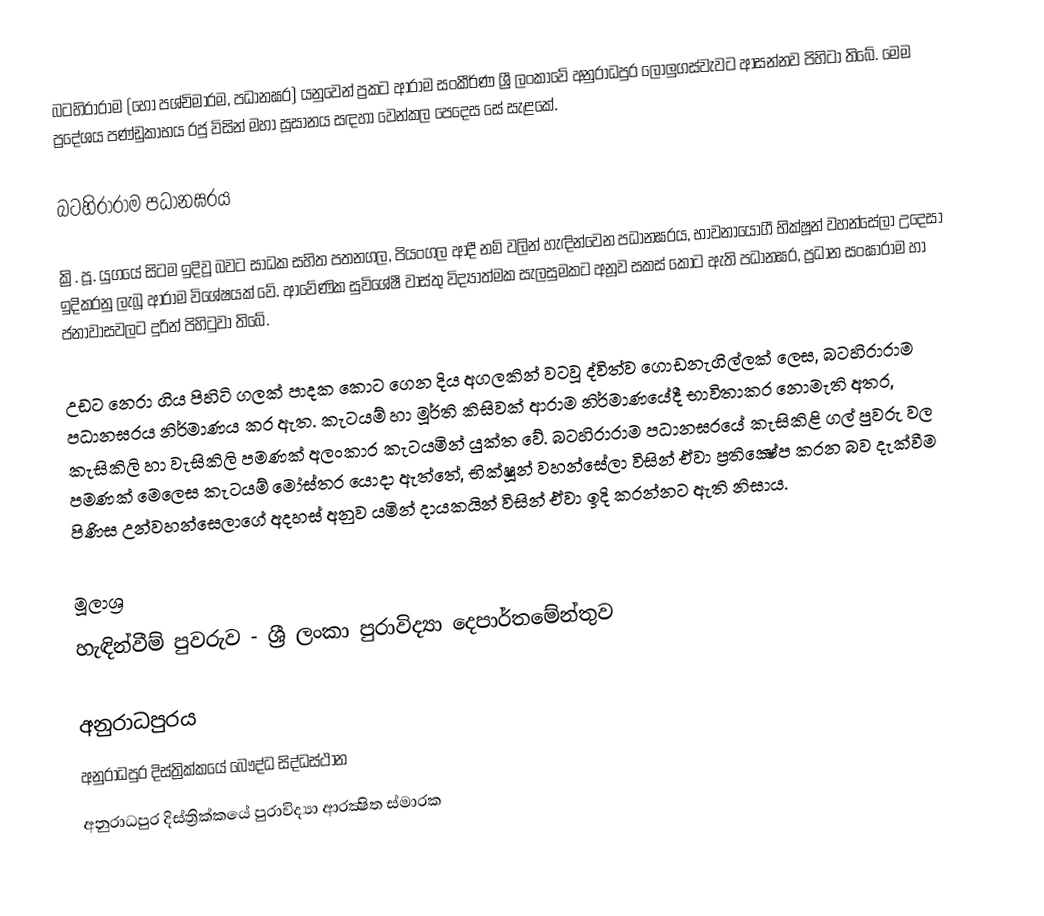
බටහිරාරාම (හෝ පශ්චිමාරම, පධානඝර) යනුවෙන් ප්‍රකට ආරාම සංකීර්ණ ශ්‍රී ලංකාවේ අනුරාධපුර ලෝලුගස්වැවට ආසන්නව පිහිටා තිබේ. මෙම ප්‍රදේශය පණ්ඩුකාභය රජු විසින් මහා සූසානය සඳහා වෙන්කල පෙදෙස සේ සැළකේ.

බටහිරාරාම පධානඝරය

ක්‍රි. පූ. යුගයේ සිටම ඉදිවූ බවට සාධක සහිත පතනගල, පියංගල ආදී නම් වලින් හැඳින්වෙන පධානඝරය, භාවනායෝගී භික්ෂූන් වහන්සේලා උදෙසා ඉදිකරනු ලැබූ ආරාම විශේෂයක් වේ. ආවේණික සුවිශේෂී වාස්තු විද්‍යාත්මක සැලසුමකට අනූව සකස් කොට ඇති පධානඝර, ප්‍රධාන සංඝාරාම හා ජනාවාසවලට දුරින් පිහිටුවා තිබේ.

උඩට නෙරා ගිය පිහිටි ගලක් පාදක කොට ගෙන දිය අගලකින් වටවූ ද්විත්ව ගොඩනැගිල්ලක් ලෙස, බටහිරාරාම පධානඝරය නිර්මාණය කර ඇත. කැටයම් හා මූර්ති කිසිවක් ආරාම නිර්මාණයේදී භාවිතාකර නොමැති අතර, කැසිකිලි හා වැසිකිලි පමණක් අලංකාර කැටයමින් යුක්ත වේ. බටහිරාරාම පධානඝරයේ කැසිකිළි ගල් පුවරු වල පමණක්‌ මෙලෙස කැටයම් මෝස්‌තර යොදා ඇත්තේ, භික්‌ෂූන් වහන්සේලා විසින් ඒවා ප්‍රතික්‍ෂේප කරන බව දැක්‌වීම පිණිස උන්වහන්සෙලාගේ අදහස්‌ අනුව යමින් දායකයින් විසින් ඒවා ඉදි කරන්නට ඇති නිසාය.

මූලාශ්‍ර
හැඳින්වීම් පුවරුව - ශ්‍රී ලංකා පුරාවිද්‍යා දෙපාර්තමේන්තුව

අනුරාධපුරය
අනුරාධපුර දිස්ත්‍රික්කයේ බෞද්ධ සිද්ධස්ථාන‎
අනුරාධපුර දිස්ත්‍රික්කයේ පුරාවිද්‍යා ආරක්‍ෂිත ස්මාරක‎